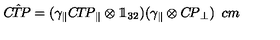
{ \sl C \! \hat { T } \! P } = ( \gamma _ { \| } { \sl C \! T \! P } _ { \| } \otimes 1 \! \! 1 _ { 3 2 } ) ( \gamma _ { \| } \otimes { \sl C \! P } _ { \bot } ) \hspace { 5 c m }